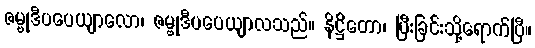
ဇမ္ဗုဒီပပေယျာလော၊ ဇမ္ဗုဒီပပေယျာလသည်။ နိဋ္ဌိတော၊ ပြီးခြင်းသို့ရောက်ပြီ။